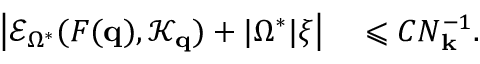
\begin{array} { r l } { \left| \mathcal { E } _ { \Omega ^ { * } } ( F ( \mathbf { q } ) , \mathcal { K } _ { \mathbf { q } } ) + | \Omega ^ { * } | \xi \right| } & { { } \leqslant C N _ { \mathbf { k } } ^ { - 1 } . } \end{array}